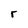
Character: r